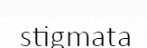
stigmata